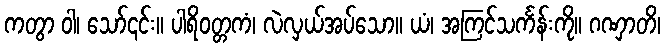
ကတွာ ဝါ၊ သော်၎င်း။ ပါရိဝတ္တကံ၊ လဲလှယ်အပ်သော။ ယံ၊ အကြင်သင်္ကန်းကို။ ဂဏှာတိ၊